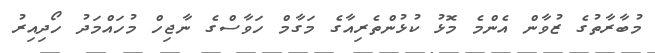
މުބާރާތުގެ ޒުވާން އެންމެ މޮޅު ކުޅުންތެރިއާގެ މަގާމް ހަވާސްގެ ނާޖިހް މުހައްމަދު ހޯދިއިރު